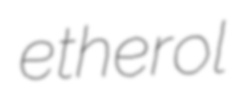
etherol